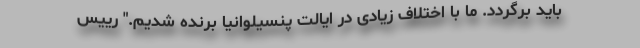
باید برگردد. ما با اختلاف زیادی در ایالت پنسیلوانیا برنده شدیم." رییس